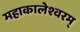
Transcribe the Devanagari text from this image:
महाकालेश्वरम्